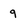
Character: 9